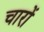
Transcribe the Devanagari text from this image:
चारों